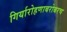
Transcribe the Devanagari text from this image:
गिर्यारोहणाबरोबरच